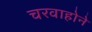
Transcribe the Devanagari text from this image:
चरवाहोने